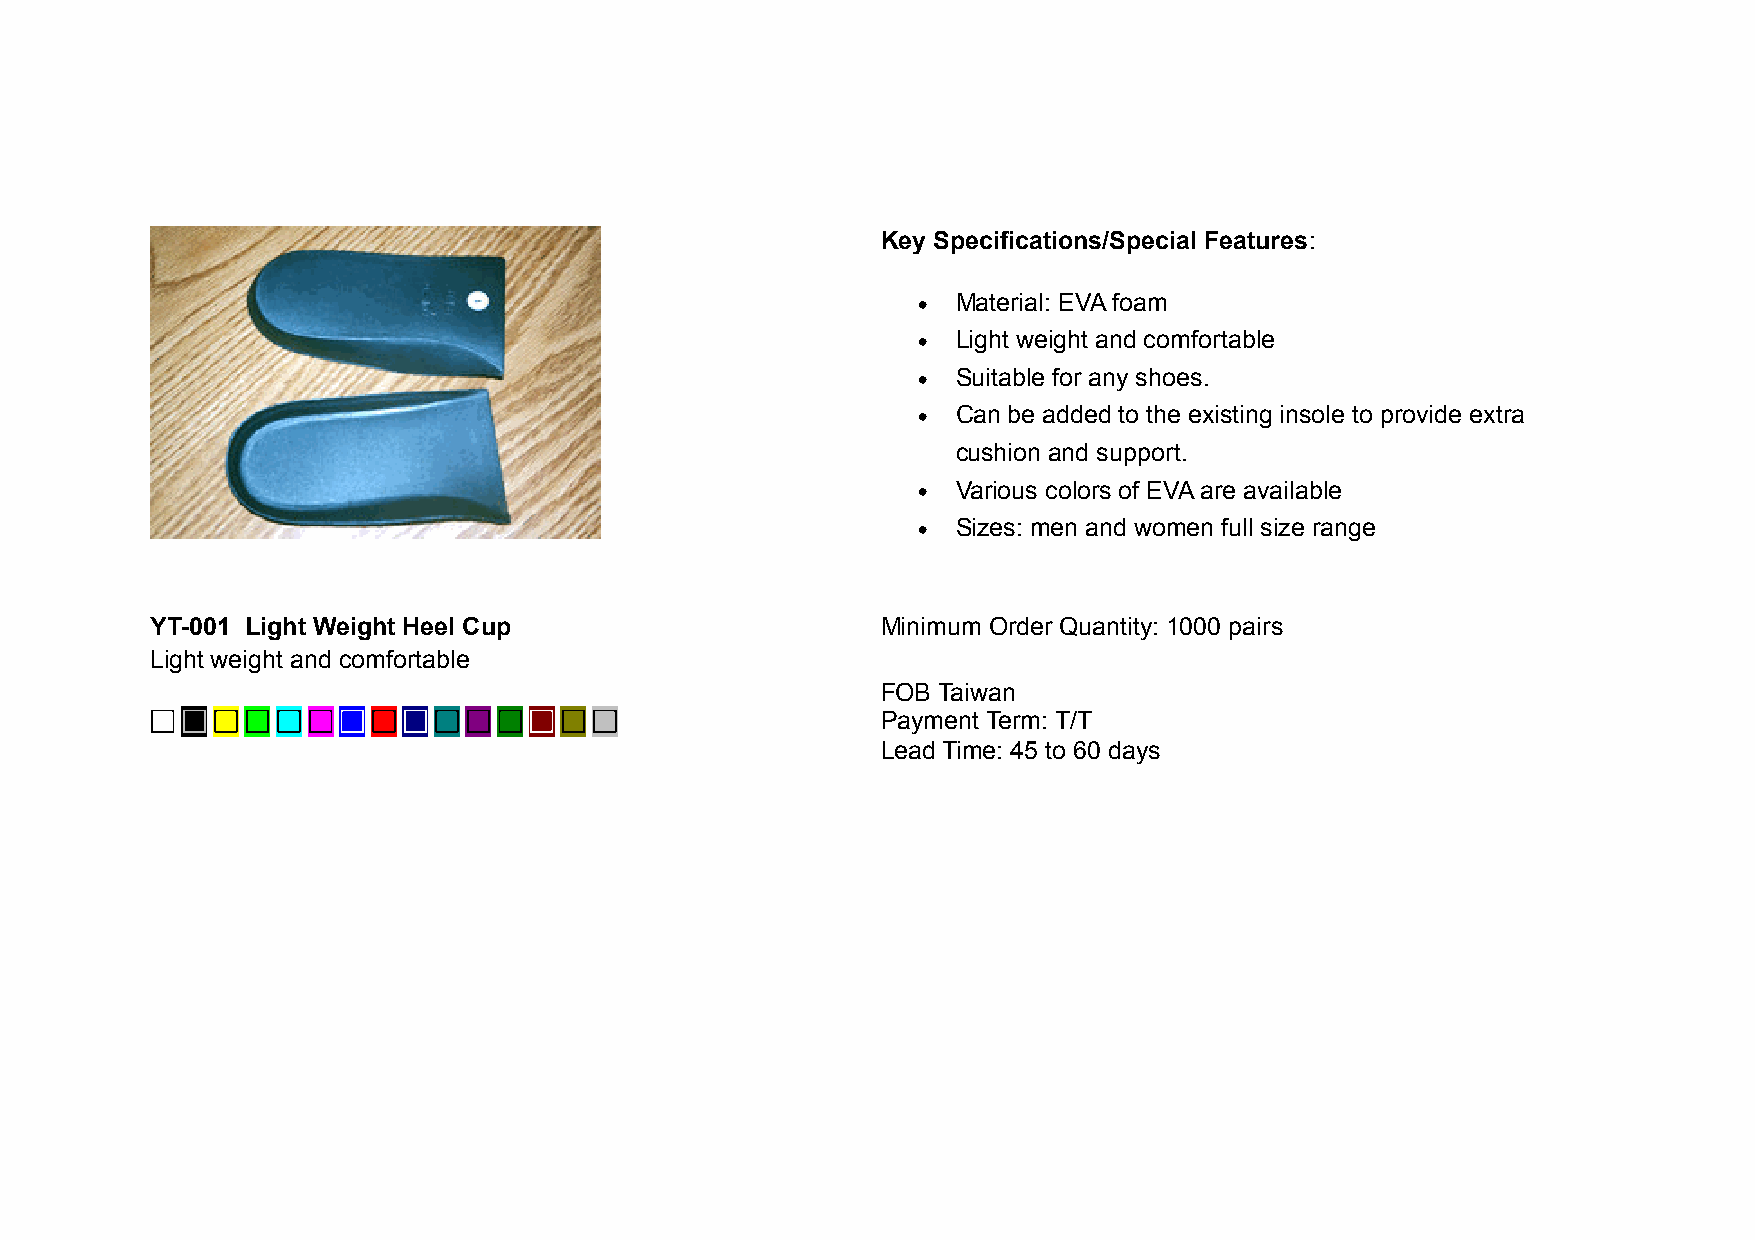
Key Specifications/Special Features:
 • Material: EVA foam
 • Light weight and comfortable
 • Suitable for any shoes.
 • Can be added to the existing insole to provide extra
 cushion and support.
 • Various colors of EVA are available
 • Sizes: men and women full size range
 YT-001 Light Weight Heel Cup                    Minimum Order Quantity: 1000 pairs
 Light weight and comfortable
 FOB Taiwan
 □ □ □ □ □ □ □  □ □ □ □ □ □ □ □                  Payment Term: T/T
 Lead Time: 45 to 60 days